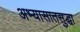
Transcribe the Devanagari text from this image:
अभ्यासातसुद्धा